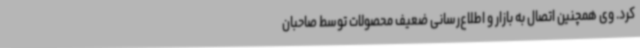
کرد. وی همچنین اتصال به بازار و اطلاع‌رسانی ضعیف محصولات توسط صاحبان